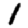
Digit: 1